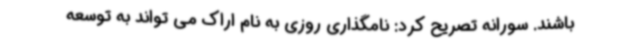
باشند. سورانه تصریح کرد: نامگذاری روزی به نام اراک می تواند به توسعه